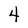
Character: 4